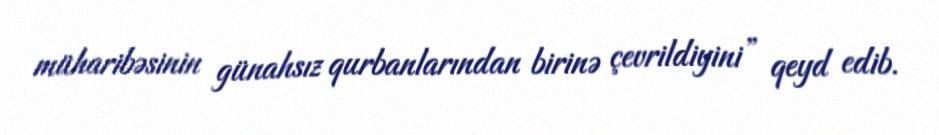
müharibəsinin günahsız qurbanlarından birinə çevrildiyini” qeyd edib.